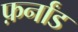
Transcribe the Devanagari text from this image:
फ़र्नांड